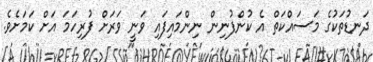
ދަނޑުތަކުގެ މަސައްކަތް އެ ކުންފުނިން ނިންމައިފައި ވަނީ ވަރަށް ފުރިހަމަ އަށް ކަމަށެވެ.